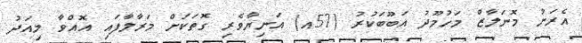
އެރަށު މޮނަލާޒް މަހުމޫދު އަބޫބަކުރު (57އ) އަނިޔާވެރި ގޮތަކަށް މަރާލާފައި އޮއްވާ މިއަދު